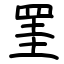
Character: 罣